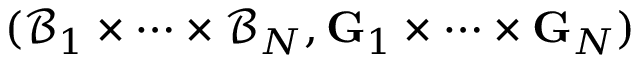
( \mathcal { B } _ { 1 } \times \cdots \times \mathcal { B } _ { N } , \mathbf { G } _ { 1 } \times \cdots \times \mathbf { G } _ { N } )